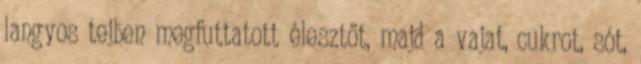
langyos tejben megfuttatott élesztőt, majd a vajat, cukrot, sót,